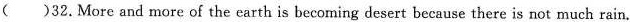
()32.More and more of the earth is becoming desert because there is not much rain.